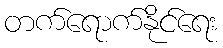
တက်ရောက်နိုင်ရေး